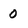
Character: 0